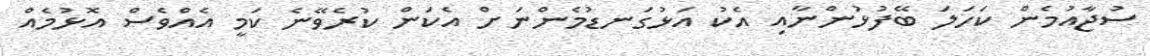
ސުޖާއުމެން ކަހަލަ ބޭފުޅުންނާއި އެކު އަޅުގަނޑުމެންނަށް އެކަން ކުރެވޭނެ ކަމީ އެއްވެސް އޮޅުމެއް